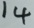
1 4